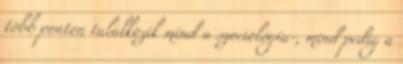
több ponton találkozik mind a szociológia-, mind pedig a